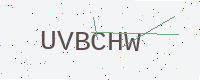
Text: UVBCHW